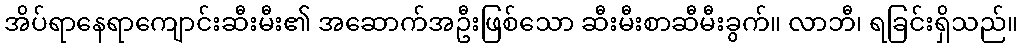
အိပ်ရာနေရာကျောင်းဆီးမီး၏ အဆောက်အဦးဖြစ်သော ဆီးမီးစာဆီမီးခွက်။ လာဘီ၊ ရခြင်းရှိသည်။